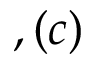
, ( c )